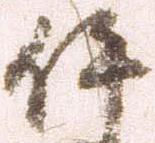
伊